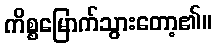
ကိစ္စမြောက်သွားတော့၏။